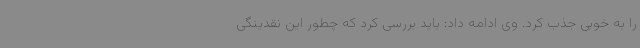
را به خوبی جذب کرد. وی ادامه داد: باید بررسی کرد که چطور این نقدینگی